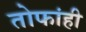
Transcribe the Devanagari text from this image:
तोफांही